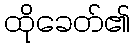
ထိုခေတ်၏